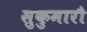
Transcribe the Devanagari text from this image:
सुकुमारौ